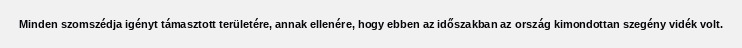
Minden szomszédja igényt támasztott területére, annak ellenére, hogy ebben az időszakban az ország kimondottan szegény vidék volt.